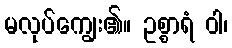
မလုပ်ကျွေး၏။ ဥစ္စာရံ ဝါ၊